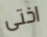
اختى